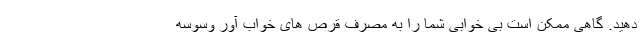
دهید. گاهی ممکن است بی خوابی شما را به مصرف قرص های خواب آور وسوسه